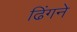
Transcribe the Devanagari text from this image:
ढिंगने